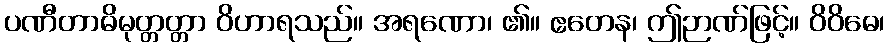
ပဏီတာဓိမုတ္တတ္တာ ဝိဟာရသည်။ အရဏော၊ ၏။ ဧတေန၊ ဤဉာဏ်ဖြင့်။ ဝိဝိဓေ၊